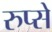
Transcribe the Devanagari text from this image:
रुप्से